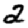
Digit: 2